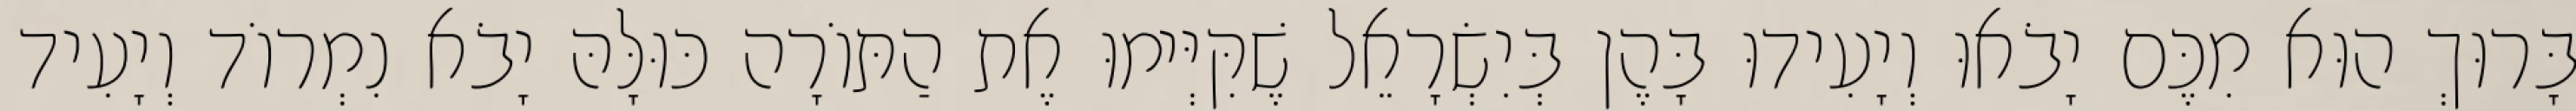
בָּרוּךְ הוּא מִכֶּם יָבֹאוּ וְיָעִידוּ בָּהֶן בְּיִשְׂרָאֵל שֶׁקִּיְּימוּ אֶת הַתּוֹרָה כּוּלָּהּ יָבֹא נִמְרוֹד וְיָעִיד